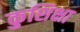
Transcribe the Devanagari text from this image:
कुशिक्षा